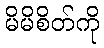
မိမိစိတ်ကို